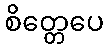
စိတ္တေပေ